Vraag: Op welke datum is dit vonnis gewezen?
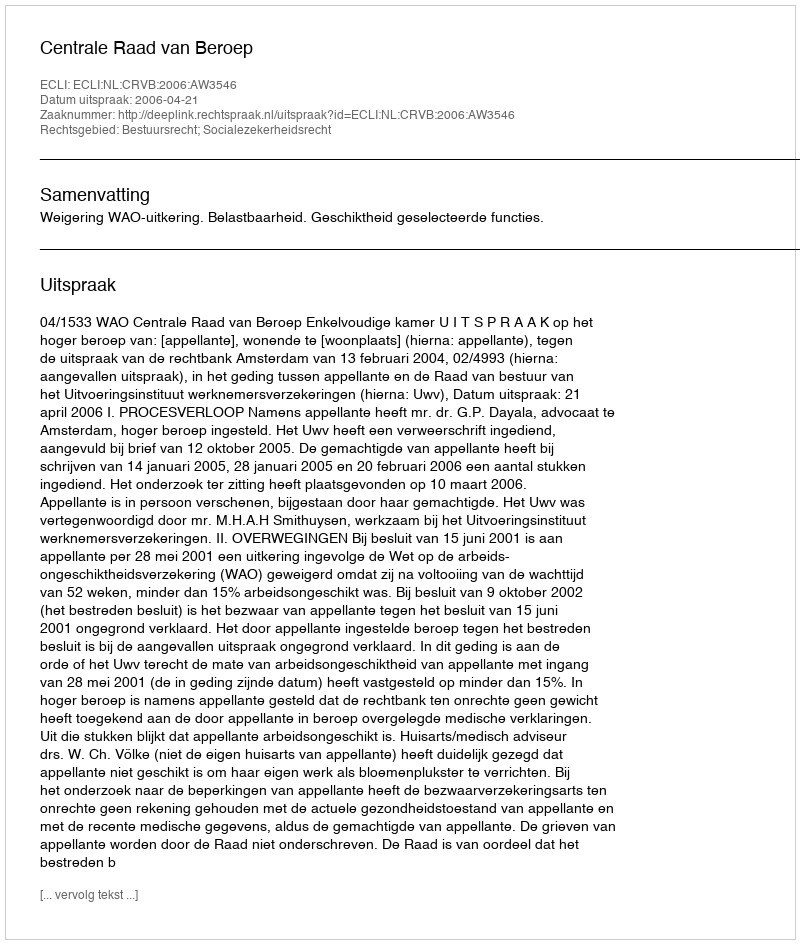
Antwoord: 2006-04-21